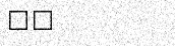
٩١